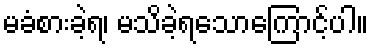
မခံစားခဲ့ရ၊ မသိခဲ့ရသောကြောင့်ပါ။